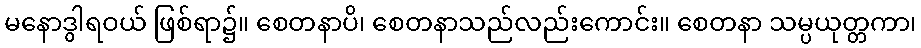
မနောဒွါရဝယ် ဖြစ်ရာ၌။ စေတနာပိ၊ စေတနာသည်လည်းကောင်း။ စေတနာ သမ္ပယုတ္တကာ၊